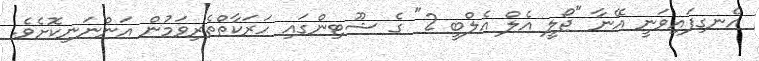
އެނގިފައިވަނީ އޭނާ "ޖޯލީ އެލް އެލްބީ 2" ގެ ޝޫޓިންގައި ހަރަކާތްތެރިވަމުން އަންނަނިކޮށެވެ.